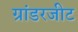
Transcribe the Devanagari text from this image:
ग्रांडरजीट